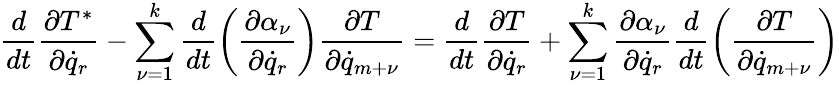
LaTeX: \frac{d}{dt}\frac{\partial T^{*}}{\partial{\dot{q}}_{r}}-\sum_{\nu=1}^{k}\frac{d}{dt}\left(\frac{\partial\alpha_{\nu}}{\partial{\dot{q}}_{r}}\right)\frac{\partial T}{\partial{\dot{q}}_{m+\nu}}=\frac{d}{dt}\frac{\partial T}{\partial{\dot{q}}_{r}}+\sum_{\nu=1}^{k}\frac{\partial\alpha_{\nu}}{\partial{\dot{q}_{r}}}\frac{d}{dt}\left(\frac{\partial T}{\partial{\dot{q}}_{m+\nu}}\right)